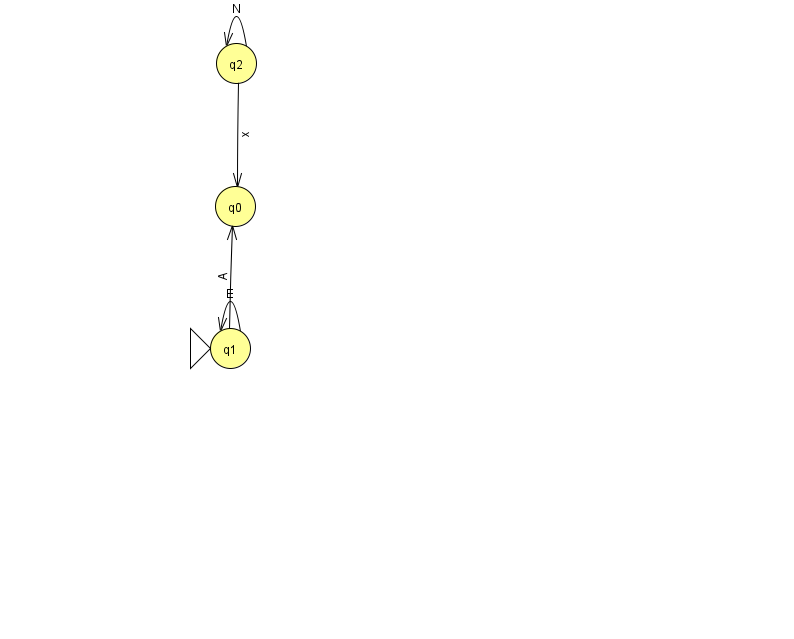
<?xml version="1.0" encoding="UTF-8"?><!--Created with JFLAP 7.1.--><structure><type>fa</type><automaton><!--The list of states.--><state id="0" name="q0"><x>235.0</x><y>193.0</y></state><state id="1" name="q1"><x>230.0</x><y>335.0</y><initial/></state><state id="2" name="q2"><x>236.0</x><y>50.0</y></state><!--The list of transitions.--><transition><from>1</from><to>1</to><read>E</read></transition><transition><from>1</from><to>0</to><read>A</read></transition><transition><from>2</from><to>0</to><read>x</read></transition><transition><from>2</from><to>2</to><read>N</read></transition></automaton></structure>